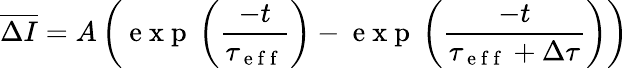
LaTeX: \overline{{\Delta I}}=A\left(\mathrm{~e~x~p~}\left({\frac{-t}{\tau_{\mathrm{~e~f~f~}}}}\right)-\mathrm{~e~x~p~}\left({\frac{-t}{\tau_{\mathrm{~e~f~f~}}+\Delta\tau}}\right)\right)